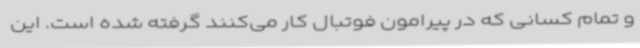
و تمام کسانی که در پیرامون فوتبال کار می‌کنند گرفته شده است. این